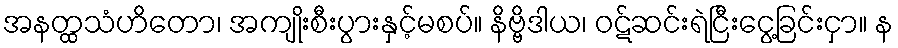
အနတ္ထသံဟိတော၊ အကျိုးစီးပွားနှင့်မစပ်။ နိဗ္ဗိဒါယ၊ ဝဋ်ဆင်းရဲငြီးငွေ့ခြင်းငှာ။ န